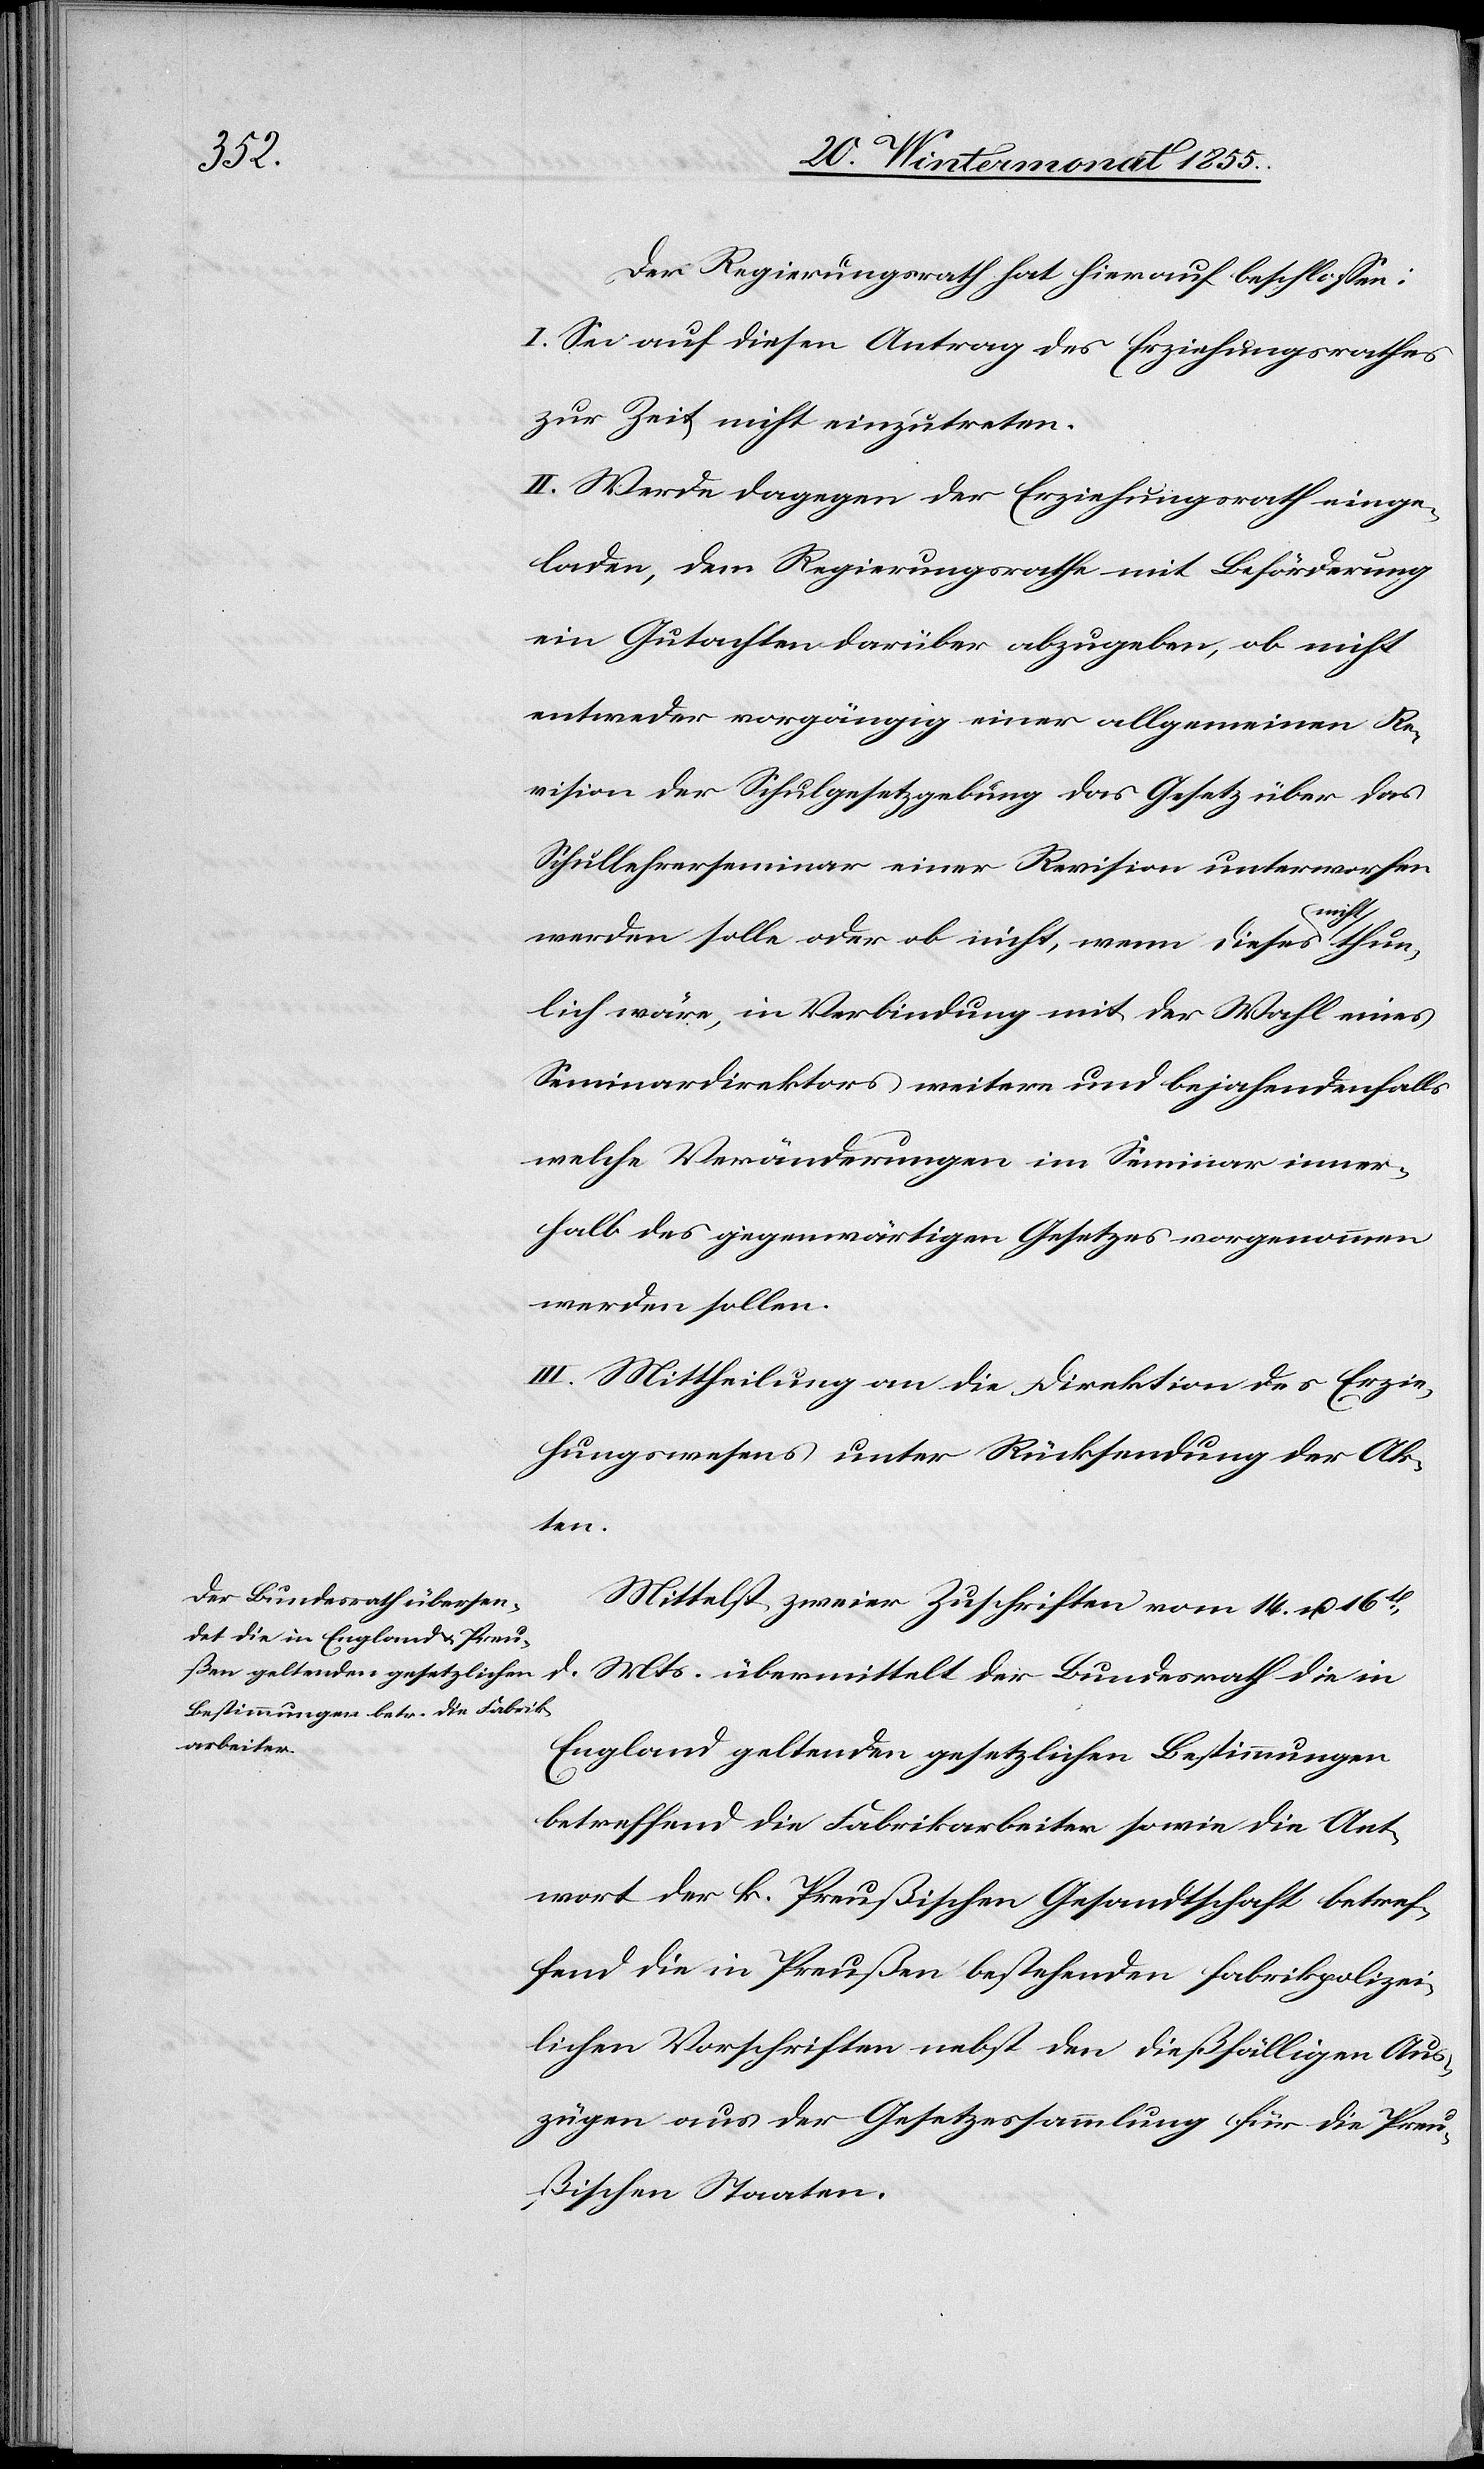
Der Regierungsrath hat hierauf beschlossen:
I. Sei auf diesen Antrag des Erziehungsrathes
zur Zeit nicht einzutreten.
II. Werde dagegen der Erziehungsrath einge¬
laden, dem Regierungsrathe mit Beförderung
ein Gutachten darüber abzugeben, ob nicht
entweder vorgängig einer allgemeinen Re¬
vision der Schulgesetzgebung das Gesetz über das
Schullehrerseminar einer Revision unterworfen
werden solle oder ob nicht, wenn dieses nicht thun¬
lich wäre, in Verbindung mit der Wahl eines
Seminardirektors weitere und bejahendenfalls
welche Veränderungen im Seminar inner¬
halb des gegenwärtigen Gesetzes vorgenommen
werden sollen.
III. Mittheilung an die Direktion des Erzie¬
hungswesens unter Rücksendung der Ak¬
ten.
Mittelst zweier Zuschriften vom 14. u. 16t.
d. Mts. übermittelt der Bundesrath die in
England geltenden gesetzlichen Bestimmungen
betreffend die Fabrikarbeiter sowie die Ant¬
wort der k. Preußischen Gesandtschaft betref¬
fend die in Preußen bestehenden fabrikpolizei¬
lichen Vorschriften nebst den dießfälligen Aus¬
zügen aus der Gesetzessammlung für die Preu¬
ßischen Staaten.